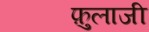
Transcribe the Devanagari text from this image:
फ़ुलाजी